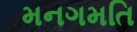
મનગમતિ